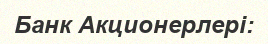
Банк Акционерлері: